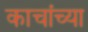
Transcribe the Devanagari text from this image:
काचांच्या